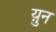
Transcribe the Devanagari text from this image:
य़ुन